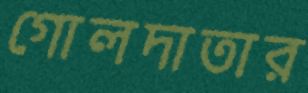
গোলদাতার